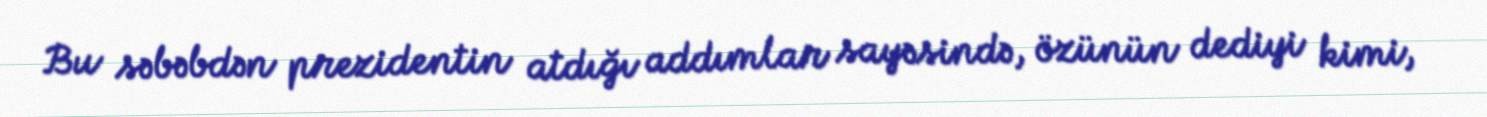
Bu səbəbdən prezidentin atdığı addımlar sayəsində, özünün dediyi kimi,